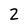
Character: 2